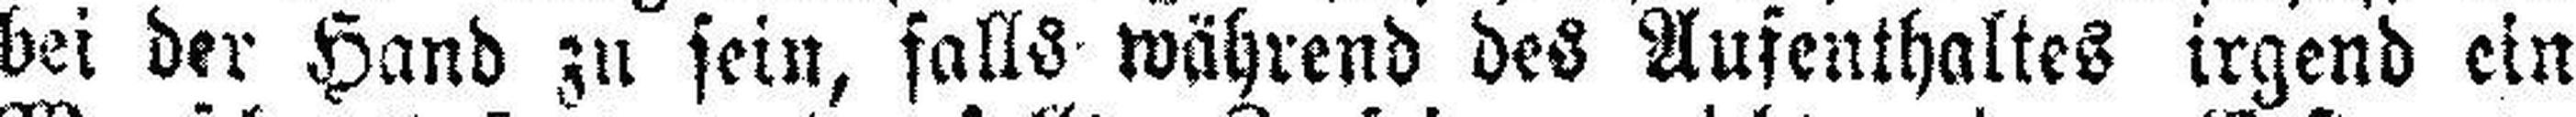
bei der Hand zu sein, falls während des Aufenthaltes irgend ein